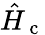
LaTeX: \hat{H}_{\mathrm{~c~}}